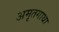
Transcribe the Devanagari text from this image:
अमृतगाथा